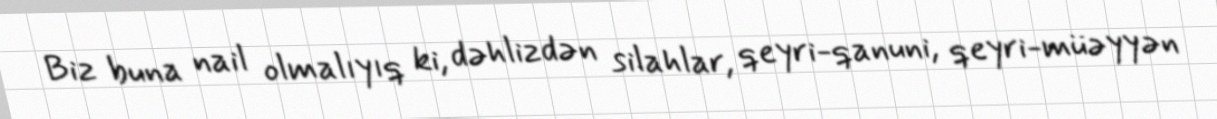
Biz buna nail olmalıyıq ki, dəhlizdən silahlar, qeyri-qanuni, qeyri-müəyyən